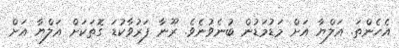
އެހެންތަ. އަލްޔާ އަށް މަޑުމަޑުން ބުނެވުނެވެ. ރޫނާ ފަރުވާކުޑަ ގޮތަކަށް އަލްޔާ އަށް